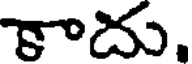
కాదు.